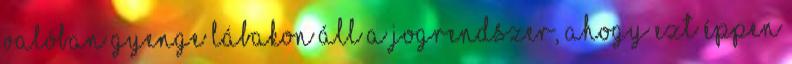
valóban gyenge lábakon áll a jogrendszer, ahogy ezt éppen